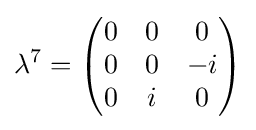
\lambda ^{7}={\begin{pmatrix}0&0&0\\0&0&-i\\0&i&0\end{pmatrix}}